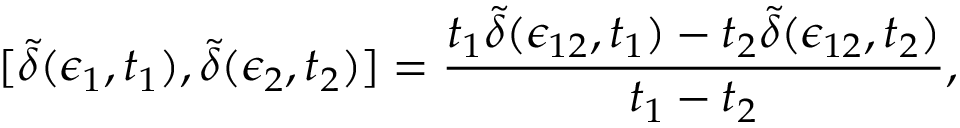
[ \tilde { \delta } ( \epsilon _ { 1 } , t _ { 1 } ) , \tilde { \delta } ( \epsilon _ { 2 } , t _ { 2 } ) ] = { \frac { t _ { 1 } \tilde { \delta } ( \epsilon _ { 1 2 } , t _ { 1 } ) - t _ { 2 } \tilde { \delta } ( \epsilon _ { 1 2 } , t _ { 2 } ) } { t _ { 1 } - t _ { 2 } } } ,